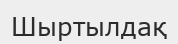
Шыртылдақ